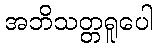
အဘိသတ္တရူပေါ